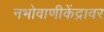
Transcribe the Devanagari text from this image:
नभोवाणीकेंद्रावर